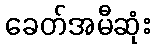
ခေတ်အမီဆုံး